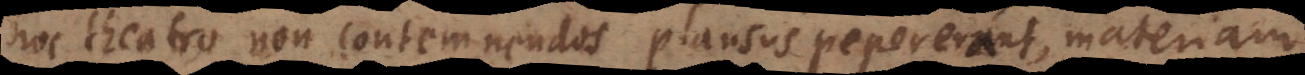
hoc theatro non contemnendos plausus pepererant, materiam